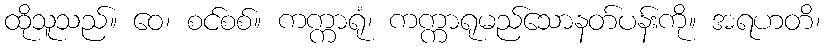
ထိုသူသည်။ ဝေ၊ စင်စစ်။ ကက္ကာရုံ၊ ကက္ကာရုမည်သောနတ်ပန်းကို။ အရဟတိ၊